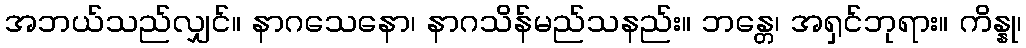
အဘယ်သည်လျှင်။ နာဂသေနော၊ နာဂသိန်မည်သနည်း။ ဘန္တေ၊ အရှင်ဘုရား။ ကိန္နု၊